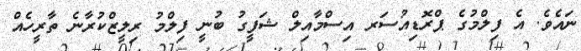
ނައެވެ. އެ ފިލްމުގެ ޕްރޮޑިއުސަރ އިސްމާއިލް ޝަފީގު ބުނީ ފިލްމު ރިލީޒްކުރާނެ ތާރީހެއް